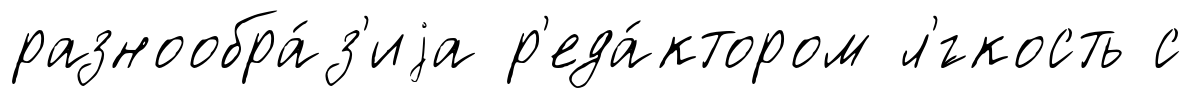
разнообра́з'иjа р'еда́ктором л'́гкость с